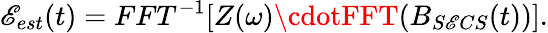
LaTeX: \mathscr{E}_{est}(t)=FFT^{-1}[Z(\omega)\cdotFFT(B_{S\mathscr{E}CS}(t))].